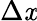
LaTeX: \Delta\mathit{x}